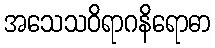
အသေသဝိရာဂနိရောဓာ